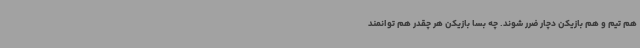
هم تیم و هم بازیکن دچار ضرر شوند. چه بسا بازیکن هر چقدر هم توانمند